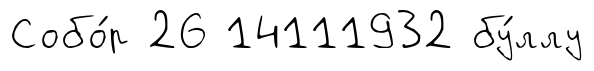
Собо́р 26 14111932 бу́ллу